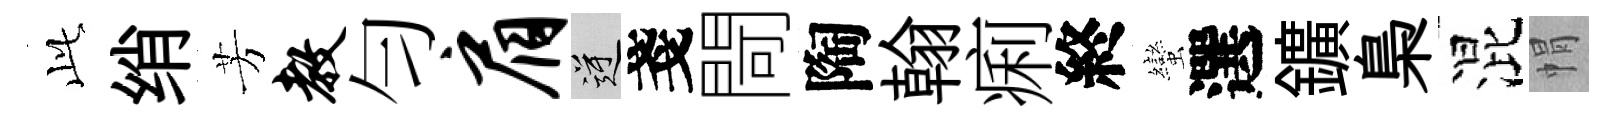
𬼘绡芳教匀肩逆戔閜陶翰痢終蠻選鑛梟混㡌